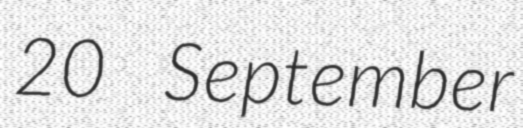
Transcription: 20 September